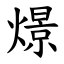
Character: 燝